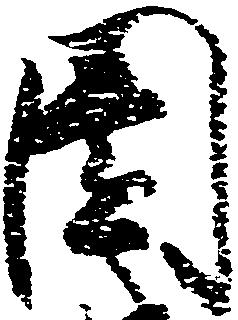
園